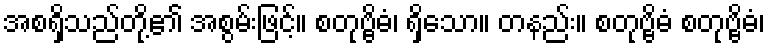
အစရှိသည်တို့၏ အစွမ်းဖြင့်။ စတုဗ္ဗိဓံ၊ ရှိသော။ တနည်း။ စတုဗ္ဗိဓံ စတုဗ္ဗိဓံ၊